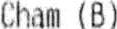
CHAM (B)